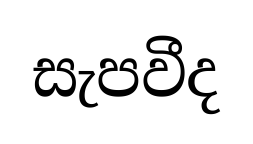
සැපවීද